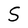
Character: S